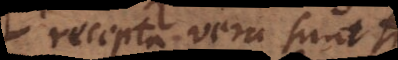
recepta vera sunt